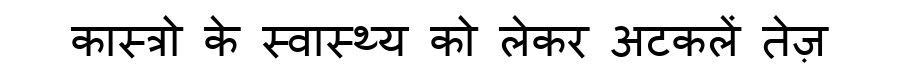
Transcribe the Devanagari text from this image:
कास्त्रो के स्वास्थ्य को लेकर अटकलें तेज़